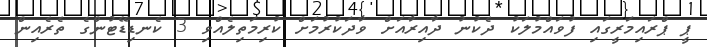
ޕީ ޕްރައިމަރީގައި ފުވައްމުލަކު ދެކުނު ދާއިރާއަށް ވާދަކުރުމަށް ކުރިމަތިލެއްވި 3 ކެނޑިޑޭޓުންގެ ތެރެއިން